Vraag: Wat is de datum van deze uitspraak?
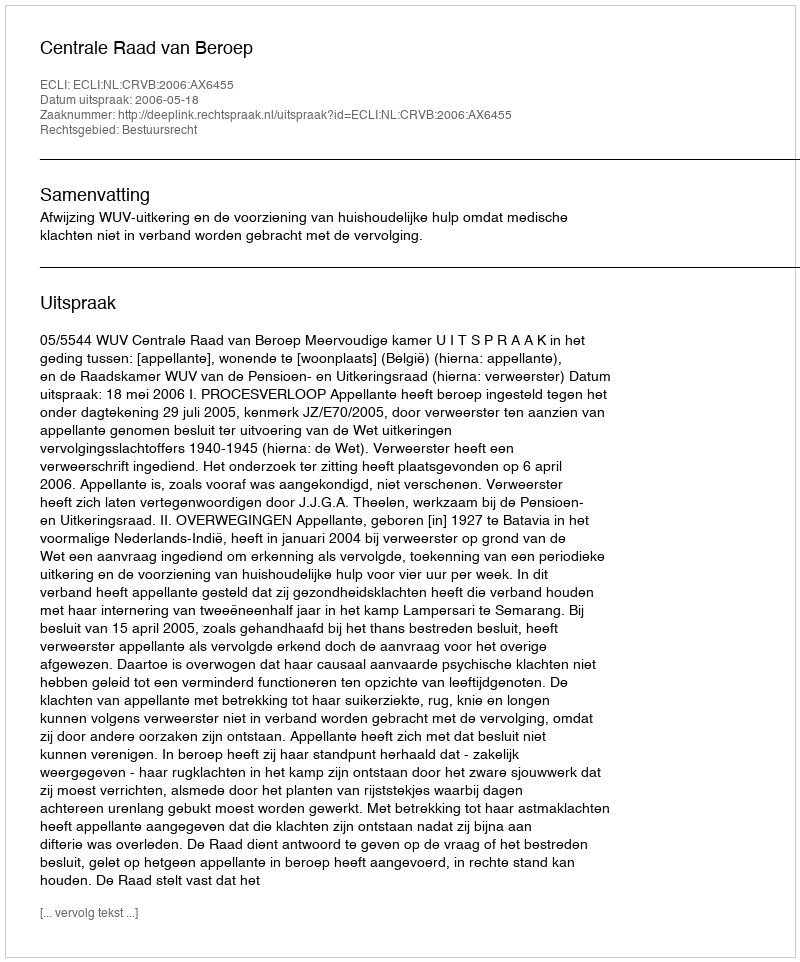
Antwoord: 2006-05-18